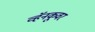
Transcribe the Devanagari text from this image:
व्हॅनकूवर